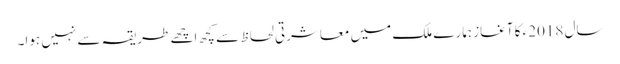
سال 2018ء کا آغاز ہمارے ملک میں معاشرتی لحاظ سے کچھ اچھے طریقہ سے نہیں ہوا۔